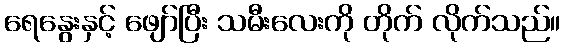
ရေနွေးနှင့် ဖျော်ပြီး သမီးလေးကို တိုက် လိုက်သည်။